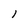
Character: 1